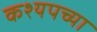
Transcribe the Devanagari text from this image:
कश्यपच्या